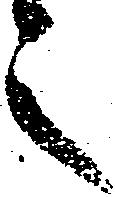
之